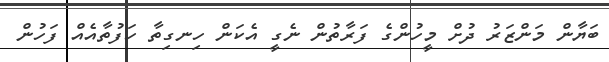
ބަޔާން މަންޒަރު ދުށް މީހުންގެ ފަރާތުން ނެގީ އެކަން ހިނގިތާ ހަފުތާއެއް ފަހުން